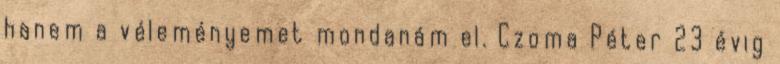
hanem a véleményemet mondanám el. Czoma Péter 23 évig